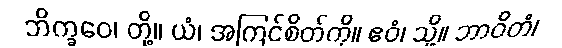
ဘိက္ခဝေ၊ တို့။ ယံ၊ အကြင်စိတ်ကို။ ဧဝံ၊ သို့။ ဘာဝိတံ၊